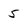
Character: 5